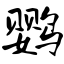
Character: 鹦